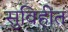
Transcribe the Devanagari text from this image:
सुविहीत